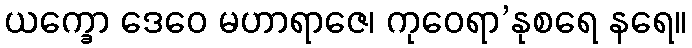
ယက္ခော ဒေဝေ မဟာရာဇေ၊ ကုဝေရာ’နုစရေ နရေ။